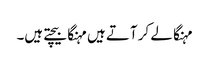
مہنگا لے کر آتے ہیں مہنگا بیچتے ہیں۔